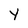
Character: y